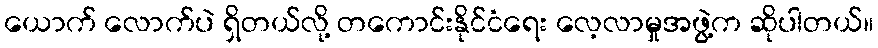
ယောက် လောက်ပဲ ရှိတယ်လို့ တကောင်းနိုင်ငံရေး လေ့လာမှုအဖွဲ့က ဆိုပါတယ်။